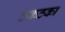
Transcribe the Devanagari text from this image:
ठकठका